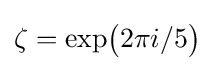
\zeta ={\exp }{\bigl (}2\pi i/5{\bigr )}